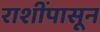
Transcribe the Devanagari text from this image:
राशींपासून